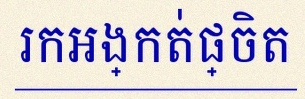
រកអង្កត់ផ្ចិត